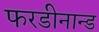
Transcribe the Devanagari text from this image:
फरडीनान्ड